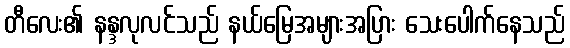
တီလေး၏ နန္ဒလုလင်သည် နယ်မြေအများအပြား သေးပေါက်နေသည်